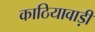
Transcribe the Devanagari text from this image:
काठियावाड़ी